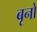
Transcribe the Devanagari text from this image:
बृनो